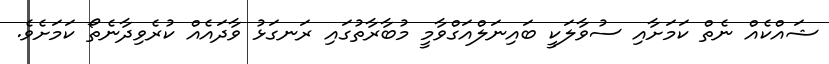
ޝައްކެއް ނެތް ކަމަށާއި ސުވާލަކީ ބައިނަލްއަގްވާމީ މުބާރާތުގައި ރަނގަޅު ވާދައެއް ކުރެވިދާނެތޯ ކަމަށެވެ.